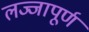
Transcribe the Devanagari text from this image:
लज्जापूर्ण